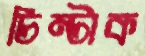
চিম্‌টাক